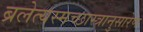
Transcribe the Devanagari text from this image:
ब्रलेत्यस्मच्छास्त्रानुसारेण